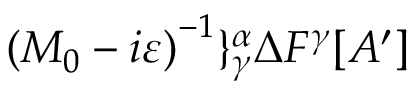
\left( M _ { 0 } - i \varepsilon \right) ^ { - 1 } \} _ { \gamma } ^ { \alpha } \Delta F ^ { \gamma } [ A ^ { \prime } ]